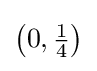
\left(0,{\tfrac {1}{4}}\right)